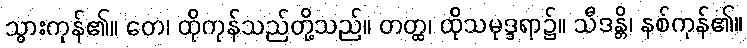
သွားကုန်၏။ တေ၊ ထိုကုန်သည်တို့သည်။ တတ္ထ၊ ထိုသမုဒ္ဒရာ၌။ သီဒန္တိ၊ နစ်ကုန်၏။